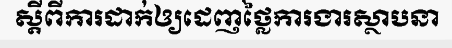
ស្តីពីការដាក់ឲ្យដេញថ្លៃការងារស្ថាបនា